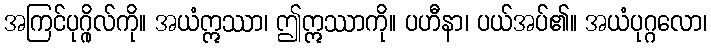
အကြင်ပုဂ္ဂိုလ်ကို။ အယံဣဿာ၊ ဤဣဿာကို။ ပဟီနာ၊ ပယ်အပ်၏။ အယံပုဂ္ဂလော၊